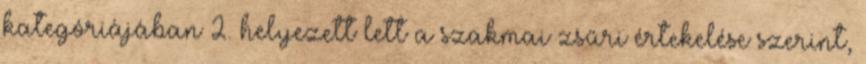
kategóriájában 2. helyezett lett a szakmai zsűri értekelése szerint,